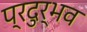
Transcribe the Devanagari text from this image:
प्रदुर्भव